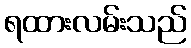
ရထားလမ်းသည်